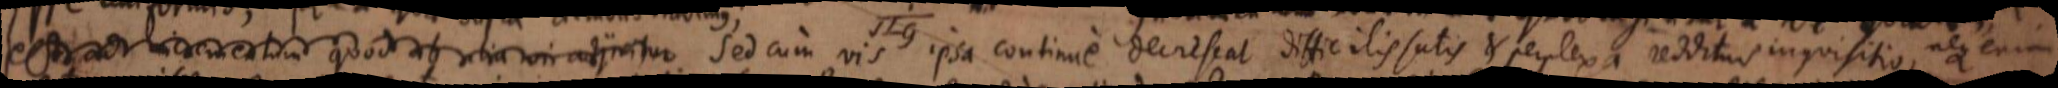
est ad incrementum quod ab alia vi adjicitur. Sed cum vis ipsa continue decrescat difficilis satis et perplexa redditur inquisitio, neque enim